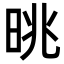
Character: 晀